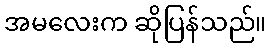
အမလေးက ဆိုပြန်သည်။